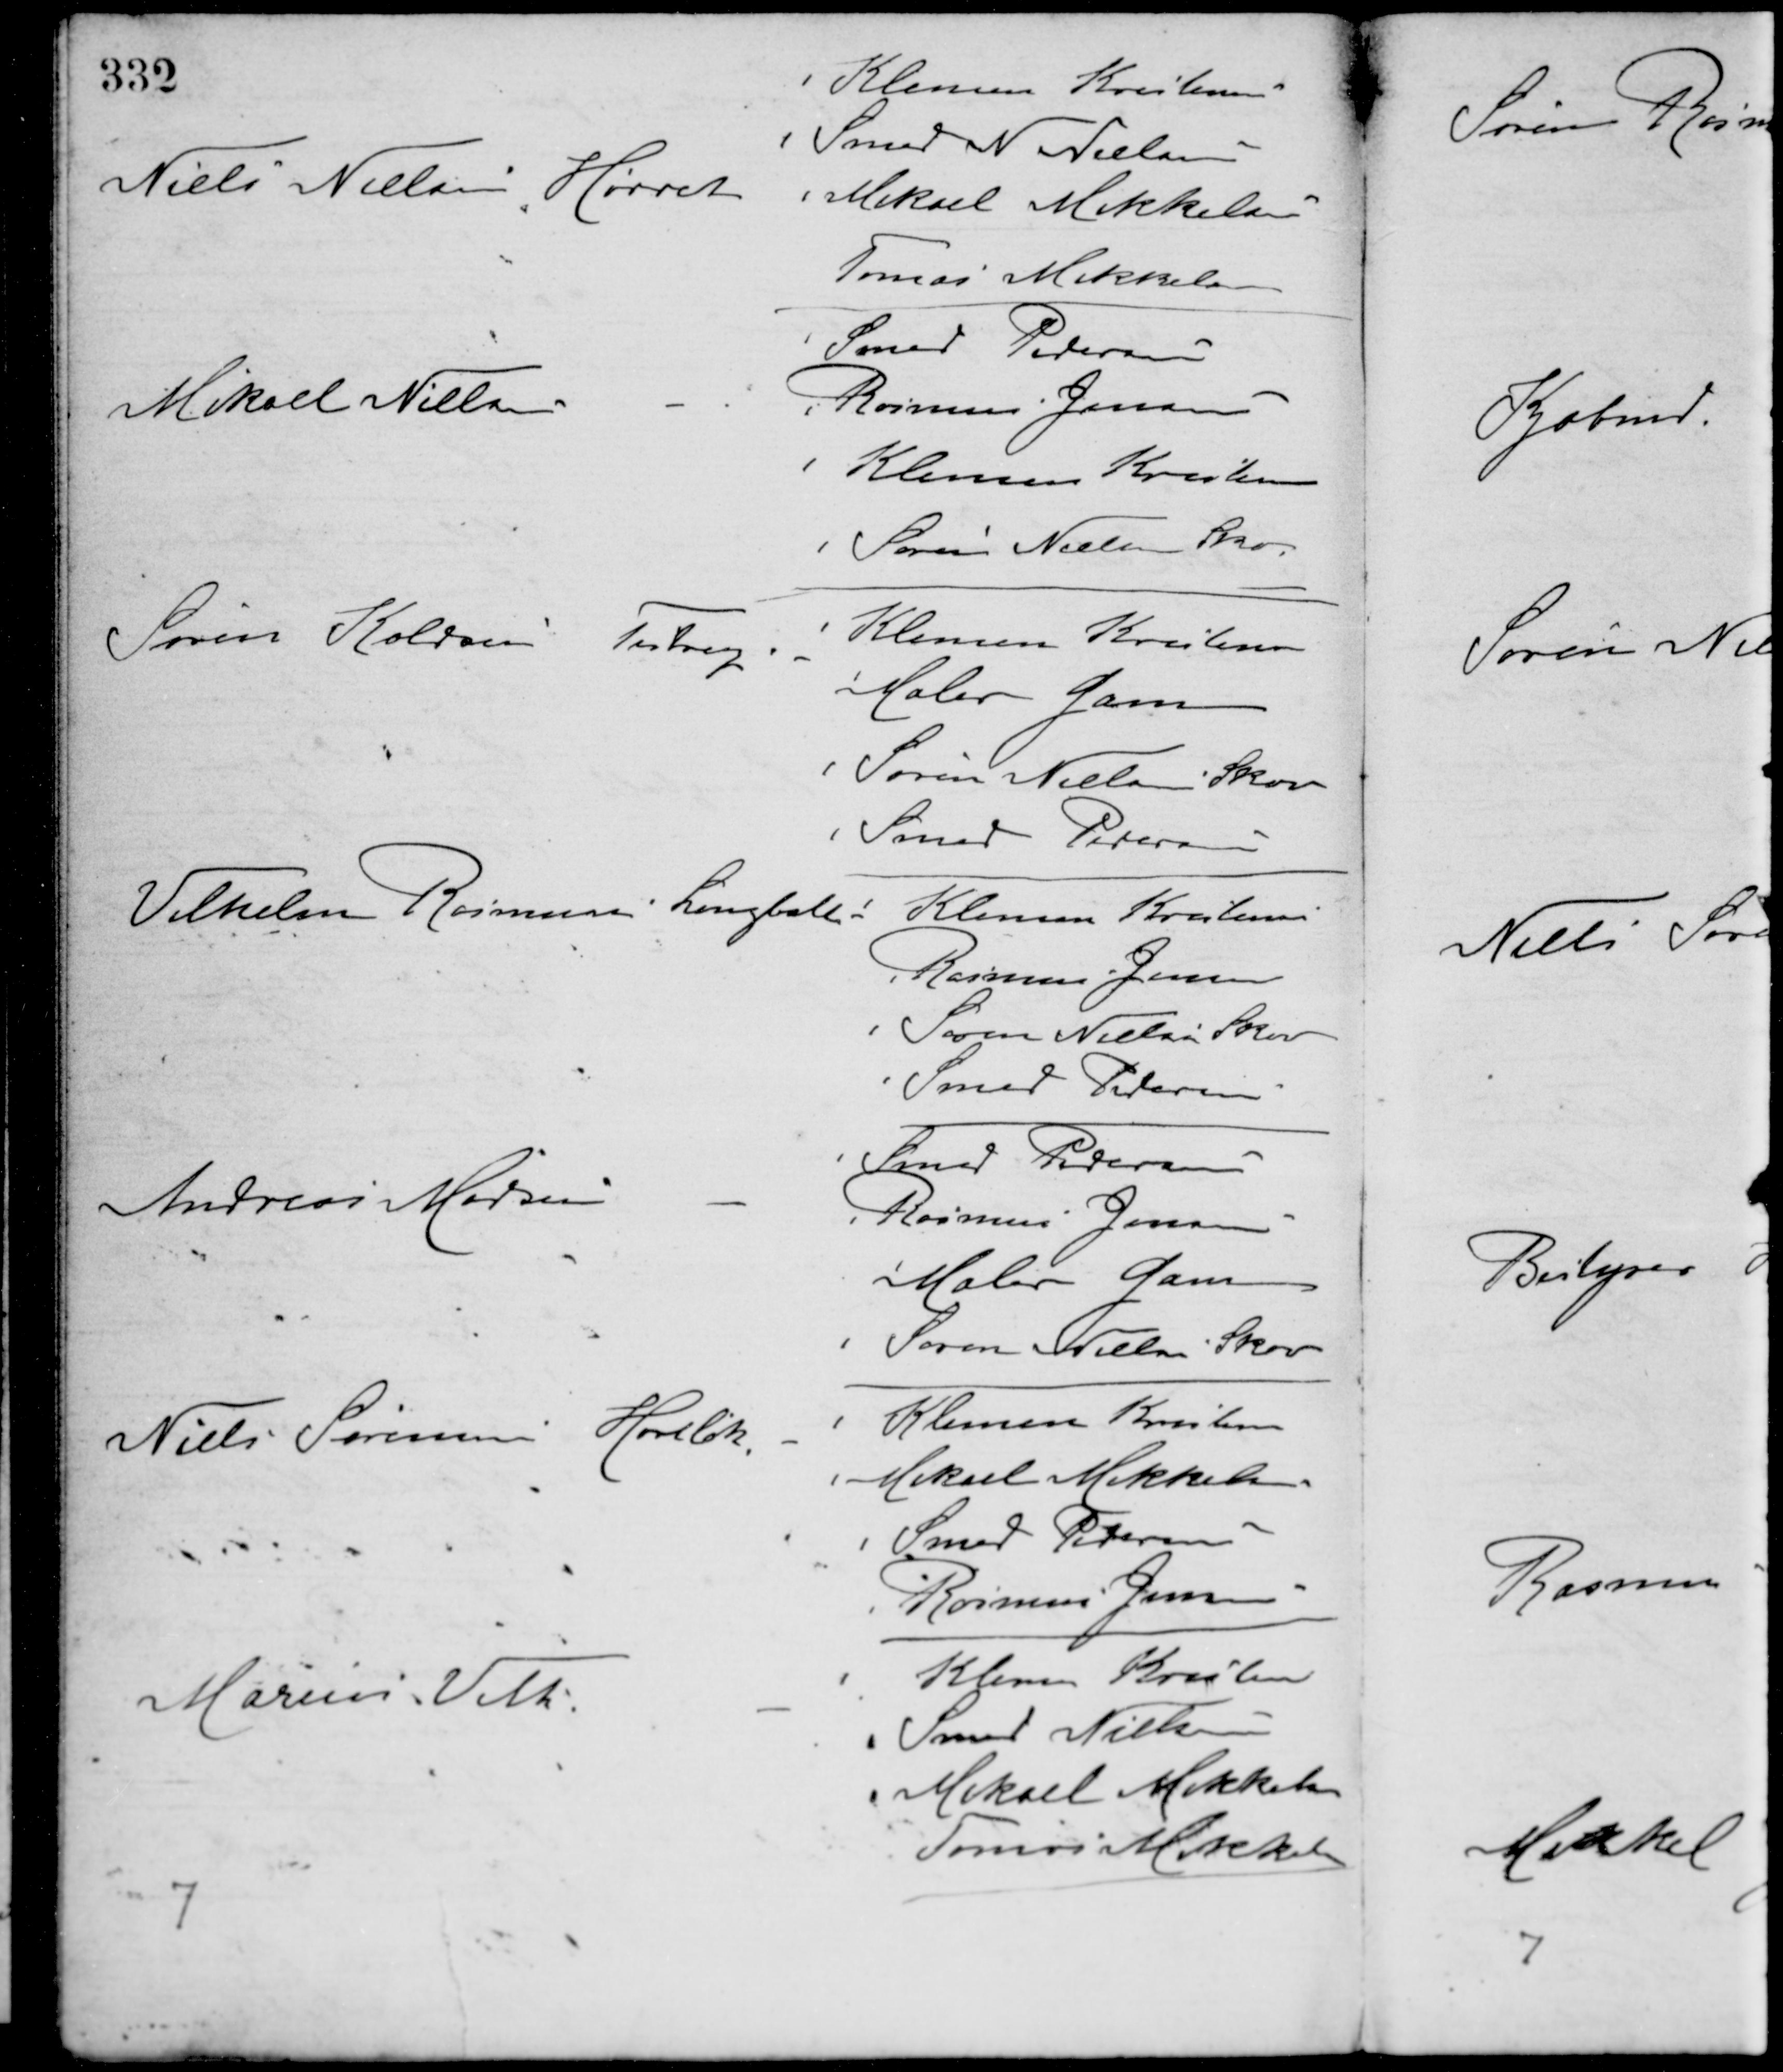
Transskription:
Niels Nielsen Hørret
Klemen Kristensen
Smed N. Nielsen
Mikael Mikkelsen
Tomas Mikkelsen
Mikael Nielsen -
Smed Pedersen
Rasmus Jensen
Klemen Kristensen
Søren Nielsen Skov
Søren Koldsen Testrup -
Klemen Kristensen
Maler Gam
Søren Nielsen Skov
Smed Petersen
Vilhelm Rasmussen Langballe -
Klemen Kristensen
Rasmus Jensen
Søren Nielsen Skov
Smed Pedersen
Andreas Madsen -
Smed Pedersen
Rasmus Jensen
Maler Gam
Søren Nielsen Skov
Niels Sørensen Hørretløkken -
Klemen Kristensen
Mikael Mikkelsen
Smed Pedersen
Rasmus Jensen
Marius Vith -
Klemen Kristensen
Smed Nielsen
Mikael Mikkelsen
Tomas Mikkelsen
7